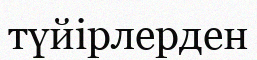
түйірлерден